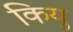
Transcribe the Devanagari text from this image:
कियु